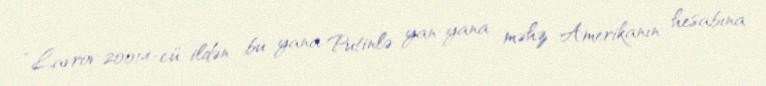
“Lavrov 20014-cü ildən bu yana Putinlə yan-yana məhz Amerikanın hesabına